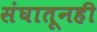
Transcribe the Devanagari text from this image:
संघातूनही